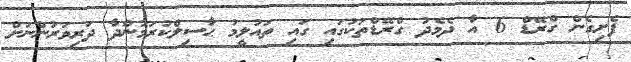
ފެށިގެން ގްރޭޑް 6 އާ ދެމެދު ގްރޭޑްތަކުގައި ގައި ތައުލީމު ޙާސިލްކުރަމުންދާ ދަރިވަރުންނަށް